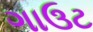
ગાઉટ